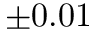
\pm 0 . 0 1